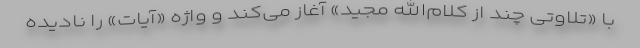
با «تلاوتی چند از کلام‌الله مجید» آغاز می‌کند و واژه «آیات» را نادیده